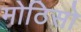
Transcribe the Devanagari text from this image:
मोठिसो